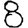
Digit: 8